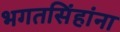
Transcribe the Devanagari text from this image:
भगतसिंहांना